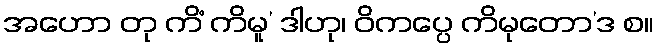
အဟော တု ကိံ ကိမူ’ ဒါဟု၊ ဝိကပ္ပေ ကိမုတော’ဒ စ။